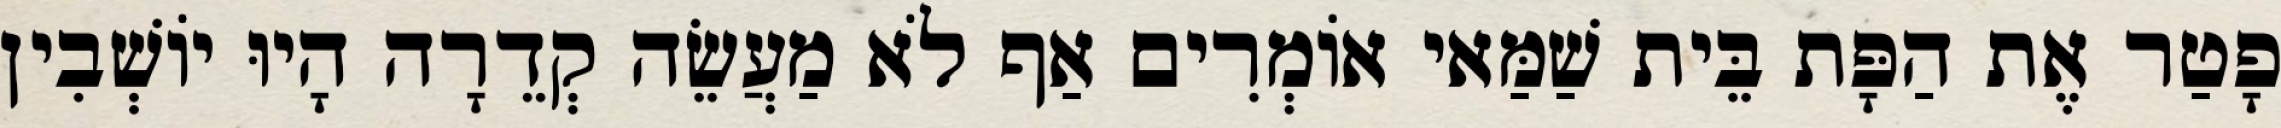
פָטַר אֶת הַפָּת בֵּית שַׁמַּאי אוֹמְרִים אַף לֹא מַעֲשֵׂה קְדֵרָה הָיוּ יוֹשְׁבִין